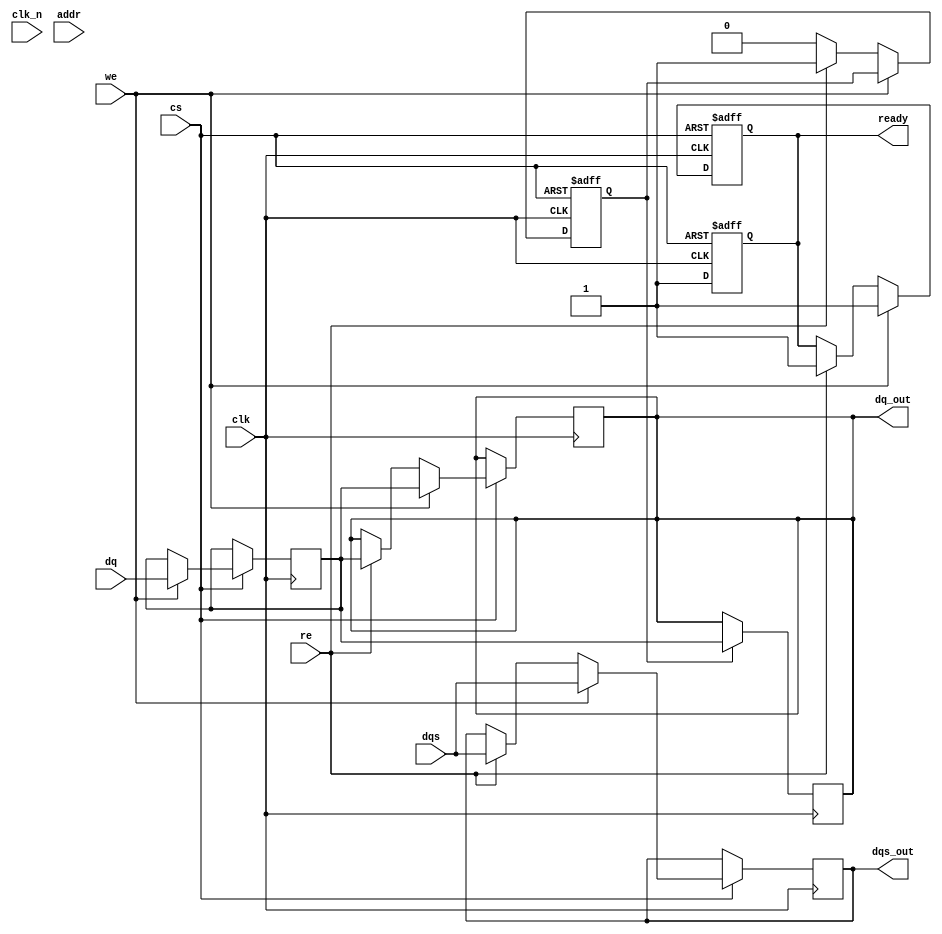
module ddr_sdram_io_block #(
    parameter DATA_WIDTH = 8,  // Width of DQ lines (8, 16, or 32)
    parameter ADDR_WIDTH = 12   // Address width (example: 12 for 4KB)
)(
    input wire clk,             // Clock Input (CK)
    input wire clk_n,           // Inverted Clock Input (CK#)
    input wire [DATA_WIDTH-1:0] dq, // Data lines (DQ)
    input wire dqs,             // Data Strobe (DQS)
    input wire cs,              // Chip Select (CS)
    input wire we,              // Write Enable (WE)
    input wire re,              // Read Enable (RE)
    input wire [ADDR_WIDTH-1:0] addr, // Address lines (A)
    output reg [DATA_WIDTH-1:0] dq_out, // Output Data
    output reg dqs_out,         // DQS output
    output reg ready            // Ready status
);

// Internal Signals
reg [DATA_WIDTH-1:0] data_buffer;
reg [ADDR_WIDTH-1:0] address_buffer;
reg write_enable;
reg read_enable;

// Timing control parameters (for simplicity, just examples)
parameter READ_DELAY = 2;  // Example read delay
parameter WRITE_DELAY = 2;  // Example write delay

// Main I/O Block Logic
always @(posedge clk or negedge cs) begin
    if (!cs) begin
        // Reset state
        ready <= 1'b0;
        write_enable <= 1'b0;
        read_enable <= 1'b0;
    end else begin
        // Handle read/write operations
        if (we) begin
            // Write operation
            data_buffer <= dq;
            address_buffer <= addr;
            write_enable <= 1'b1;
            #WRITE_DELAY; // Simulate write delay
            dq_out <= data_buffer;
            dqs_out <= dqs; // Output DQS
            ready <= 1'b1;  // Indicate ready state
        end else if (re) begin
            // Read operation
            address_buffer <= addr;
            read_enable <= 1'b1;
            #READ_DELAY; // Simulate read delay
            dq_out <= data_buffer; // Output buffered data
            dqs_out <= dqs; // Output DQS
            ready <= 1'b1;  // Indicate ready state
        end else begin
            write_enable <= 1'b0;
            read_enable <= 1'b0;
        end
    end
end

// Handle DQS signal sampling for timing
always @(posedge clk) begin
    if (read_enable) begin
        // Sample data on the positive edge of DQS
        dq_out <= data_buffer;
    end
end

// Handle power management (simple example)
always @(posedge clk or negedge cs) begin
    if (!cs) begin
        // Power down state
        ready <= 1'b0;
    end else begin
        // Active state
        ready <= 1'b1;
    end
end

endmodule